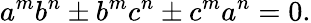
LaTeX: a^{m}b^{n}\pm b^{m}c^{n}\pm c^{m}a^{n}=0.